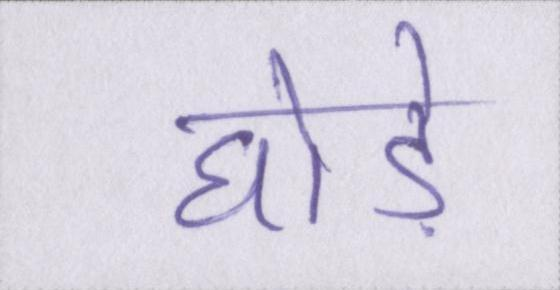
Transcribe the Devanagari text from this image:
घोड़े